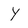
Character: y